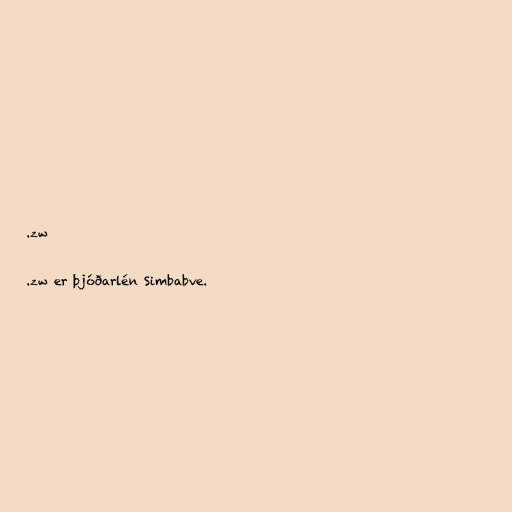
.zw

.zw er þjóðarlén Simbabve.